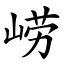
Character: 崂